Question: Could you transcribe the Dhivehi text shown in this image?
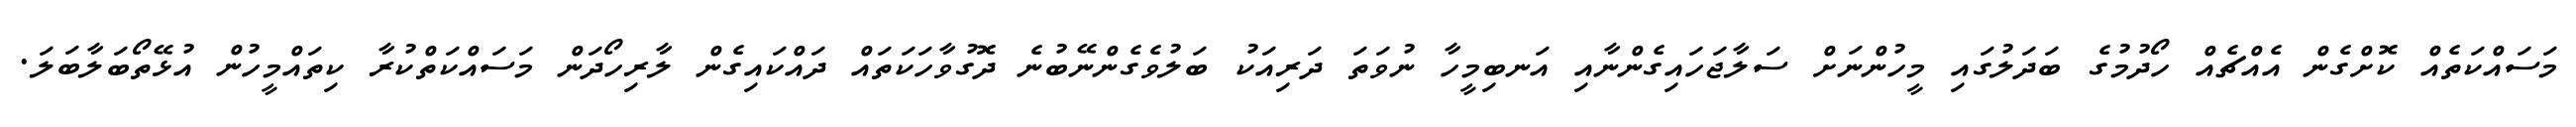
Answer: މަސައްކަތެއް ކޮށްގެން އެއްޗެއް ހޯދުމުގެ ބަދަލުގައި މީހުންނަށް ސަލާޖަހައިގެންނާއި އަނބިމީހާ ނުވަތަ ދަރިއަކު ބަލުވެގެންނޭބުނެ ދޮގުވާހަކަތައް ދައްކައިގެން ލާރިހޯދަން މަސައްކަތްކުރާ ކިތައްމީހުން އުޅޭތޯބަލާބަލަ.